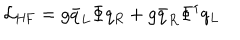
{ \cal L } _ { \mathrm { H F } } = g \bar { q } _ { L } \Phi q _ { R } + g \bar { q } _ { R } \Phi ^ { \dagger } q _ { L }